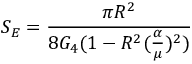
S _ { E } = \frac { \pi R ^ { 2 } } { 8 G _ { 4 } ( 1 - R ^ { 2 } ( \frac { \alpha } { \mu } ) ^ { 2 } ) }